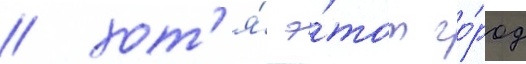
/ хот'я́ э́тот го́род